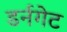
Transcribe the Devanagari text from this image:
डर्नगेट